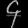
Digit: ၄